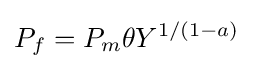
P_{f}=P_{m}\theta Y^{1/(1-a)}